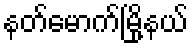
နတ်မောက်မြို့နယ်